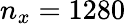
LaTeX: n_{x}=1280